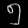
Digit: ၅